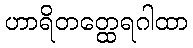
ဟာရိတတ္ထေရဂါထာ